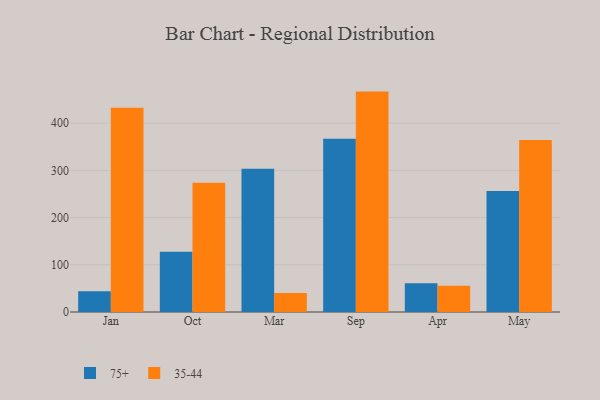
{"axis": {"x": "Month", "y": "Tickets Resolved"}, "legend": ["35-44", "75+"], "data": [{"x": "Jan", "y": 44.1, "type": "75+"}, {"x": "Jan", "y": 432.4, "type": "35-44"}, {"x": "Oct", "y": 127.5, "type": "75+"}, {"x": "Oct", "y": 273.8, "type": "35-44"}, {"x": "Mar", "y": 303.3, "type": "75+"}, {"x": "Mar", "y": 40.1, "type": "35-44"}, {"x": "Sep", "y": 366.6, "type": "75+"}, {"x": "Sep", "y": 466.7, "type": "35-44"}, {"x": "Apr", "y": 60.7, "type": "75+"}, {"x": "Apr", "y": 55.8, "type": "35-44"}, {"x": "May", "y": 256.0, "type": "75+"}, {"x": "May", "y": 364.1, "type": "35-44"}]}